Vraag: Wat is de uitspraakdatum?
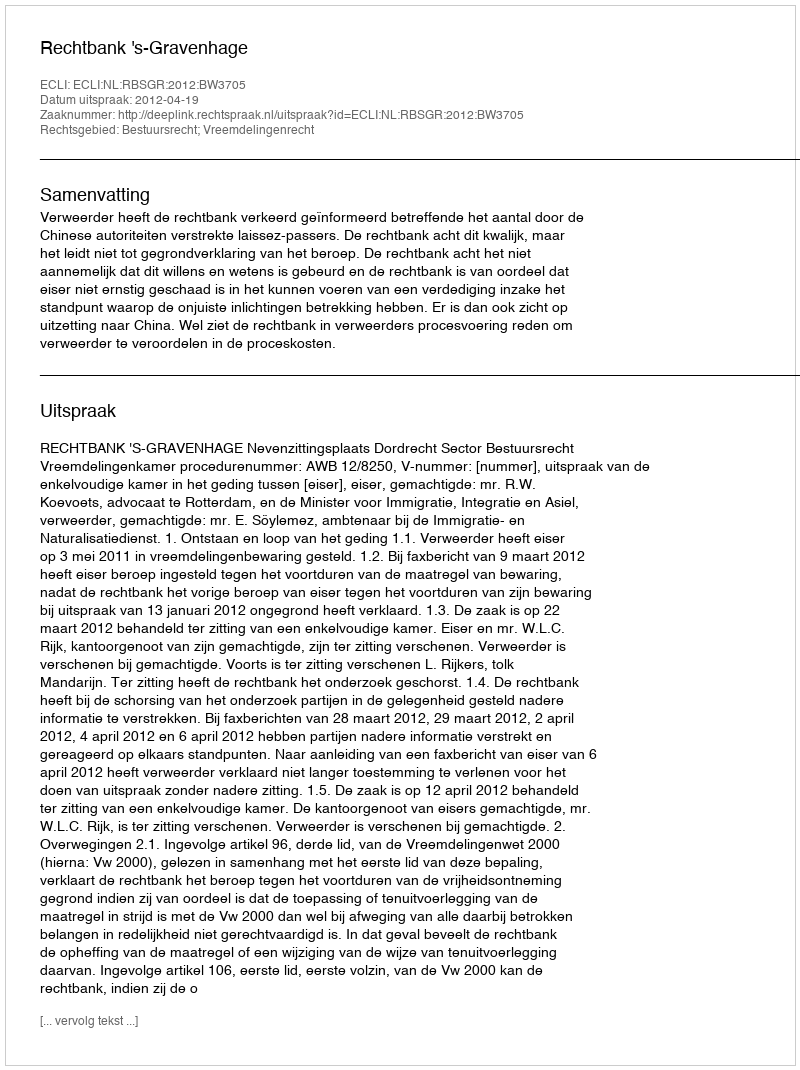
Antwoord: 2012-04-19